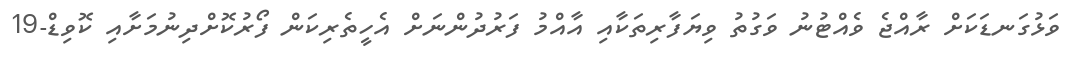
ވަޅުގަނޑަކަށް ރާއްޖެ ވެއްޓުނު ވަގުތު ވިޔަފާރިތަކާއި އާއްމު ފަރުދުންނަށް އެހީތެރިކަން ފޯރުކޮށްދިނުމަށާއި ކޮވިޑް-19